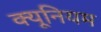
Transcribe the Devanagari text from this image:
क्यूनियम